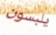
يلبسون